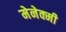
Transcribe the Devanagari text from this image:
मेनेक्मी